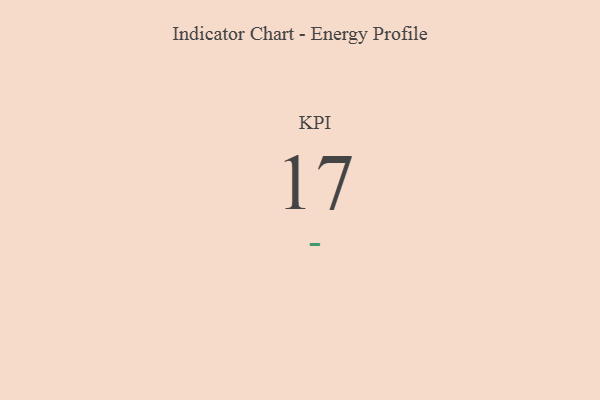
{"axis": {"x": "KPI", "y": "Value"}, "legend": [""], "data": [{"x": "KPI", "y": 17, "type": ""}]}